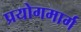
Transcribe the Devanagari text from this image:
प्रयोगमार्ग